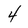
Character: 4